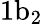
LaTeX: \mathrm{1b_{2}}